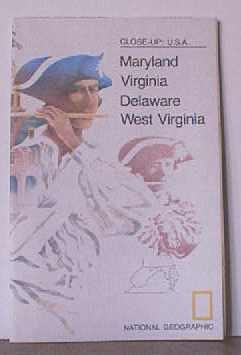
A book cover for CLOSE-UP: U.S.A. -- MARYLAND, VIRGINIA, DELAWARE, WEST VIRGINIA. Full-color National Geographic Map. 1976.; National Geographic; Travel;